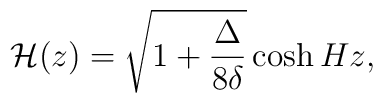
{\cal H}(z)= \sqrt{1+\frac{\Delta}{8 \delta}} \cosh{H z},